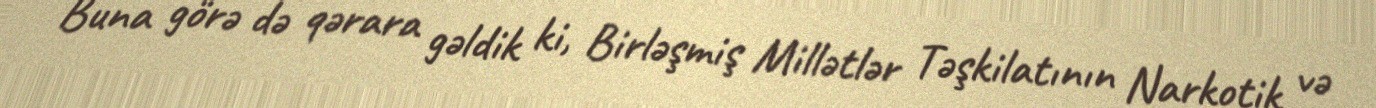
Buna görə də qərara gəldik ki, Birləşmiş Millətlər Təşkilatının Narkotik və